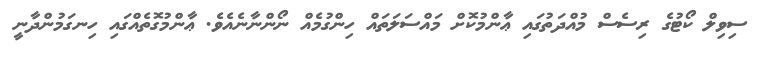
ސިވިލް ކޯޓުގެ ރިސެސް މުއްދަތުގައި ޢާންމުކޮށް މައްސަލަތައް ހިންގުމެއް ނޯންނާނެއެވެ. ޢާންމުގޮތެއްގައި ހިނގަމުންދާނީ